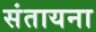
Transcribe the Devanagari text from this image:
संतायना